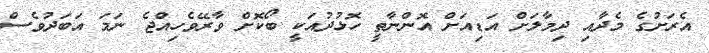
އެރަށުގެ މެދާއި ދިމާލަށް އަޑިއަށް އޮންނާތީ ހޮޅުދުއަކީ ބޯކޮށް ވާރޭވެހިއްޖެ ނަމަ އަބަދުވެސް